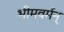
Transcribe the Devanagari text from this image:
भीमवर्मन्